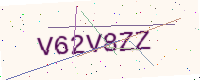
Text: V62V8ZZ